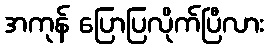
အကုန် ပြောပြလိုက်ပြီလား